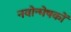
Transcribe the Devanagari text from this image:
नवोन्मेषकों